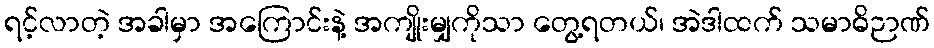
ရင့်လာတဲ့ အခါမှာ အကြောင်းနဲ့ အကျိုးမျှကိုသာ တွေ့ရတယ်၊ အဲဒါထက် သမာဓိဉာဏ်